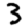
Digit: 3